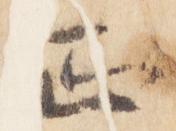
正